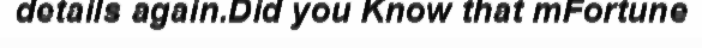
details again.Did you Know that mFortune